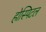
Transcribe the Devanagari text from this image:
होस्पिटल